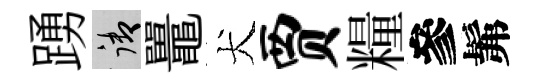
踴御鼉犬贾糧參髴